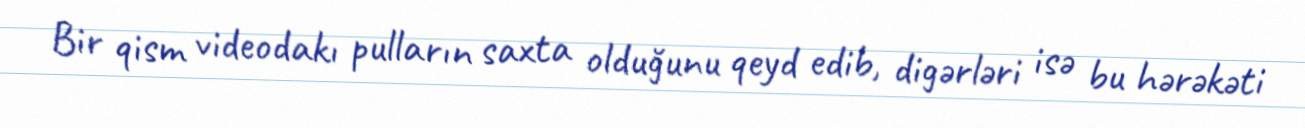
Bir qism videodakı pulların saxta olduğunu qeyd edib, digərləri isə bu hərəkəti